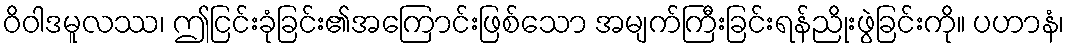
ဝိဝါဒမူလဿ၊ ဤငြင်းခုံခြင်း၏အကြောင်းဖြစ်သော အမျက်ကြီးခြင်းရန်ညိုးဖွဲခြင်းကို။ ပဟာနံ၊